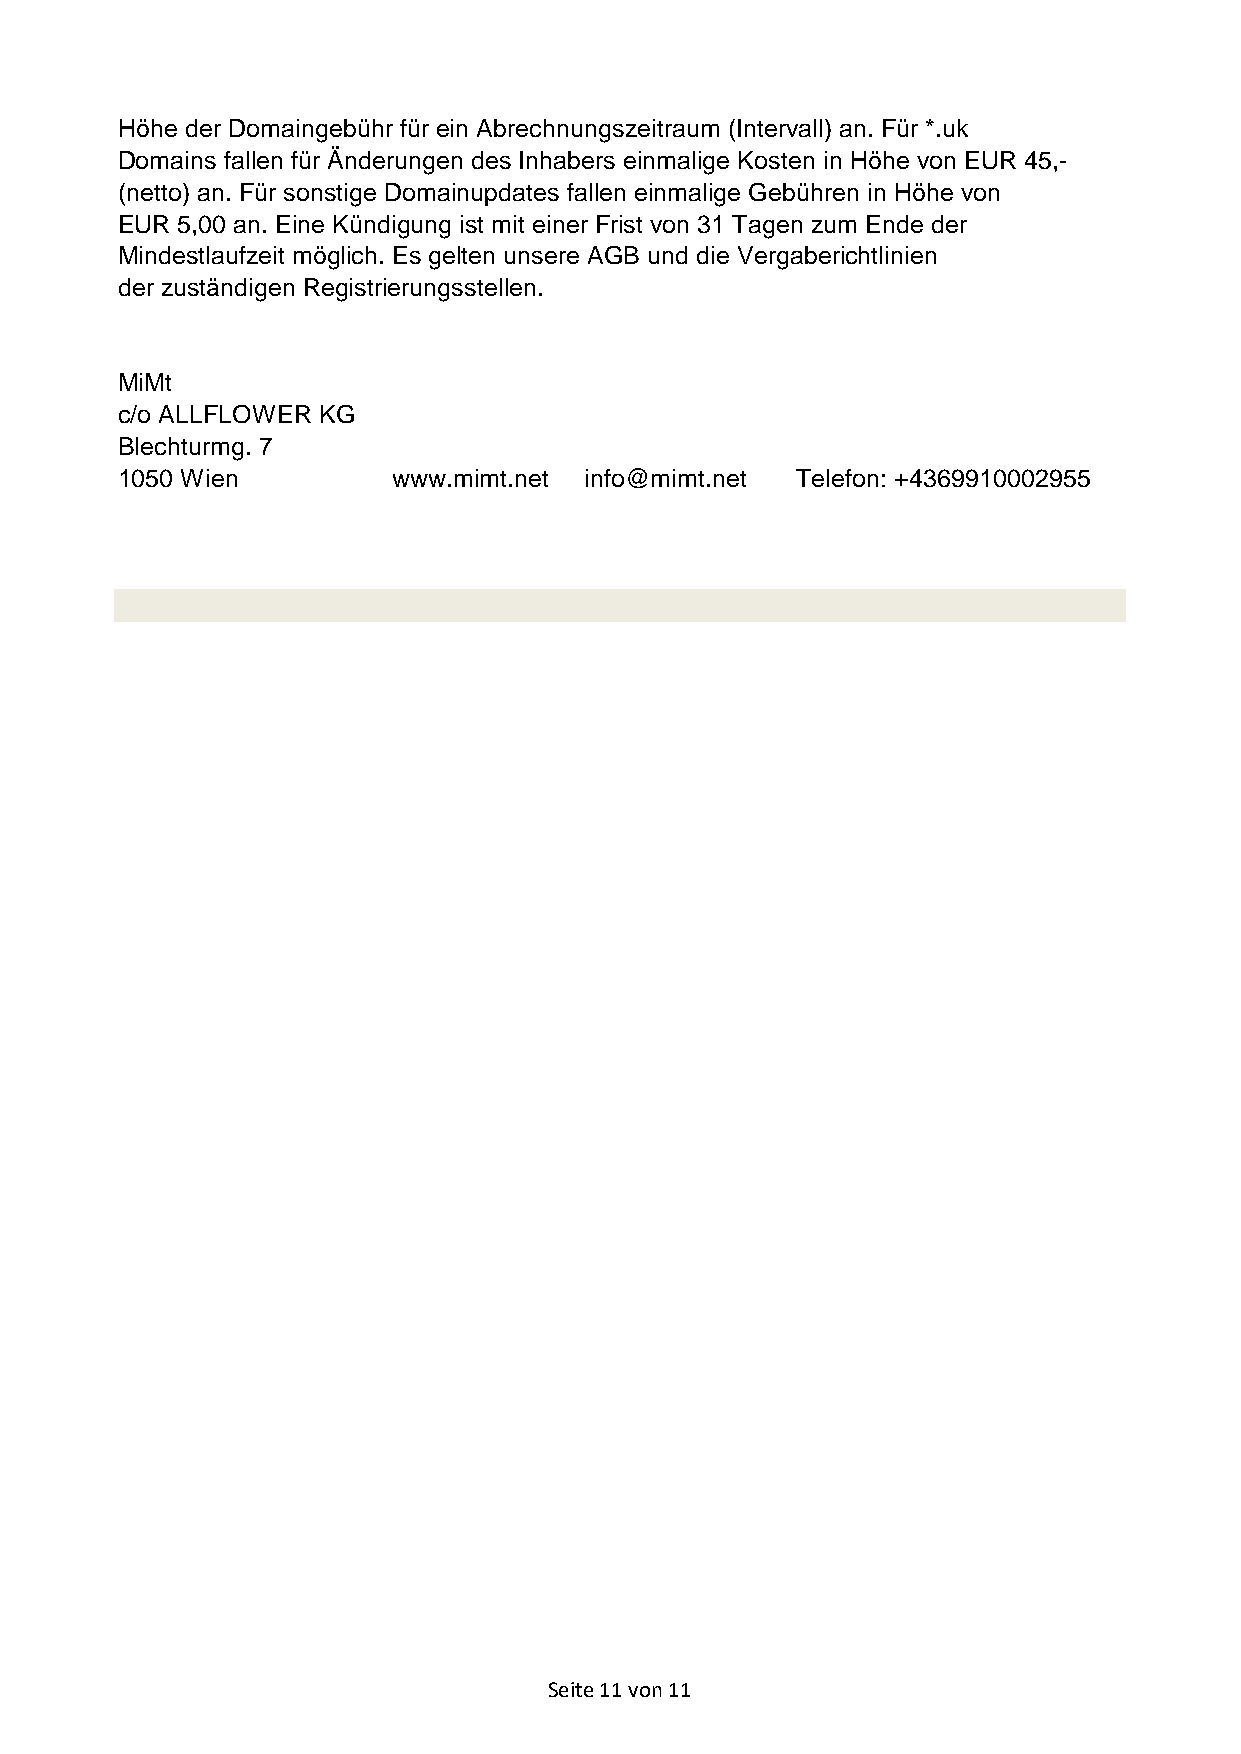
Höhe der Domaingebühr für ein Abrechnungszeitraum (Intervall) an. Für *.uk
 Domains fallen für Änderungen des Inhabers einmalige Kosten in Höhe von EUR 45,-
 (netto) an. Für sonstige Domainupdates fallen einmalige Gebühren in Höhe von
 EUR 5,00 an. Eine Kündigung ist mit einer Frist von 31 Tagen zum Ende der
 Mindestlaufzeit möglich. Es gelten unsere AGB und die Vergaberichtlinien
 der zuständigen Registrierungsstellen.
 MiMt
 c/o ALLFLOWER KG
 Blechturmg. 7
 1050 Wien         www.mimt.net info@mimt.net Telefon: +4369910002955
 Seite 11 von 11